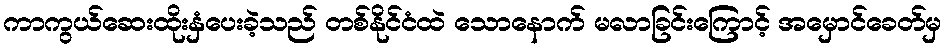
ကာကွယ်ဆေးထိုးနှံပေးခဲ့သည် တစ်နိုင်ငံထဲ သောနောက် မလာခြင်းကြောင့် အမှောင်ခေတ်မှ